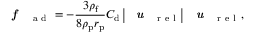
\textbf { \textit { f } } _ { \mathrm { ~ a ~ d ~ } } = - \frac { 3 \rho _ { \mathrm { f } } } { 8 \rho _ { \mathrm { p } } r _ { \mathrm { p } } } C _ { \mathrm { d } } \left| \textbf { \textit { u } } _ { \mathrm { ~ r ~ e ~ l ~ } } \right| \textbf { \textit { u } } _ { \mathrm { ~ r ~ e ~ l ~ } } ,